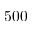
5 0 0